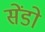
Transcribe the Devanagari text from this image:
सेंडो